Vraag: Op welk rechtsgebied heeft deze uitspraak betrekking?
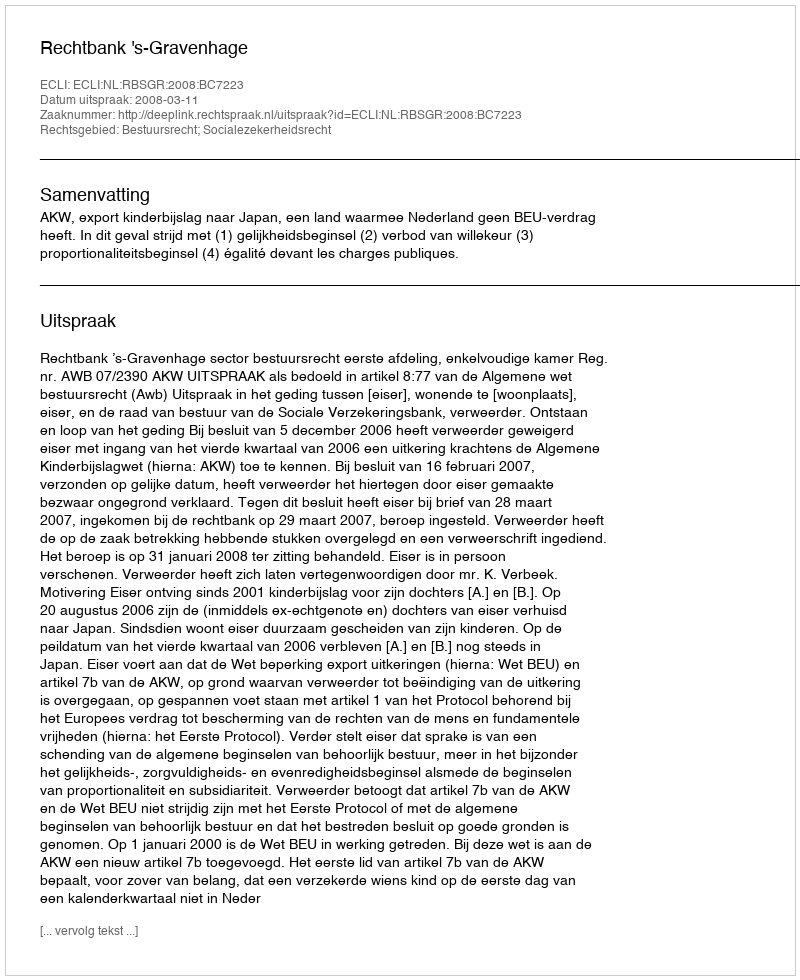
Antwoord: Bestuursrecht; Socialezekerheidsrecht